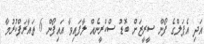
އަދި އެޕަލްގެ ފޯން ސީރީޒަށް ބޮޑު ސްކްރީނެއް ލާފައިވާ އައިފޯން 6 ތައާރަފްކުރުމާ